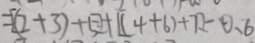
= [ ( 2 + 3 ) + 5 ] + [ ( 4 + 6 ) + 7 ] - 0 . 6